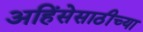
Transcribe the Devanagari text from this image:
अहिंसेसाठीच्या